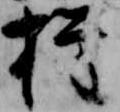
権